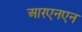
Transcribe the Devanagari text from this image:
आरएनएन